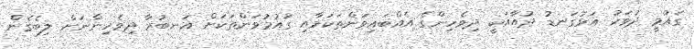
ގައުމީ ދުވަހު އަޅުގަނޑު ދުއާއަކީ ދިވެހިންގެ އެއްބައިވަންތަކަމާއި ގައުމުވަންތަކަށް އަނބުރާ ދިވެހިންނަށް ލިބެގެން